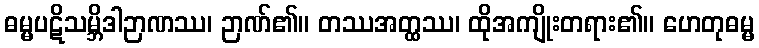
ဓမ္မပဋိသမ္ဘိဒါဉာဏဿ၊ ဉာဏ်၏။ တဿအတ္ထဿ၊ ထိုအကျိုးတရား၏။ ဟေတုဓမ္မ